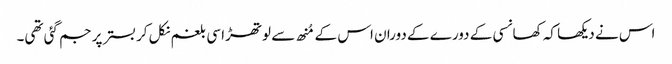
اس نے دیکھا کہ کھانسی کے دورے کے دوران اس کے مُنھ سے لوتھڑا سی بلغم نکل کر بستر پر جم گئی تھی۔